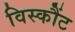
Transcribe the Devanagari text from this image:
विस्कौंट